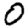
Digit: 0